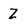
Character: Z